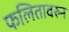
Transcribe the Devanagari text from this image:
फलितावरुन